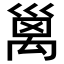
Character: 𥝁